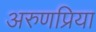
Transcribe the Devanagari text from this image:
अरुणप्रिया